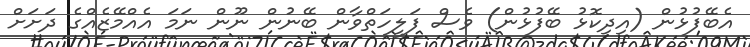
އެބޭފުޅުން (އިދިކޮޅު ބޭފުޅުން) ވެސް ފަލީހަތްވާން ބޭނުން ނޫން ނަމަ އެއްމޭޒެއްގެ ދަށަށް